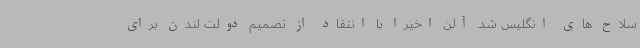
سلاح های انگلیس شد. آلن اخیراً با انتقاد از تصمیم دولت لندن برای